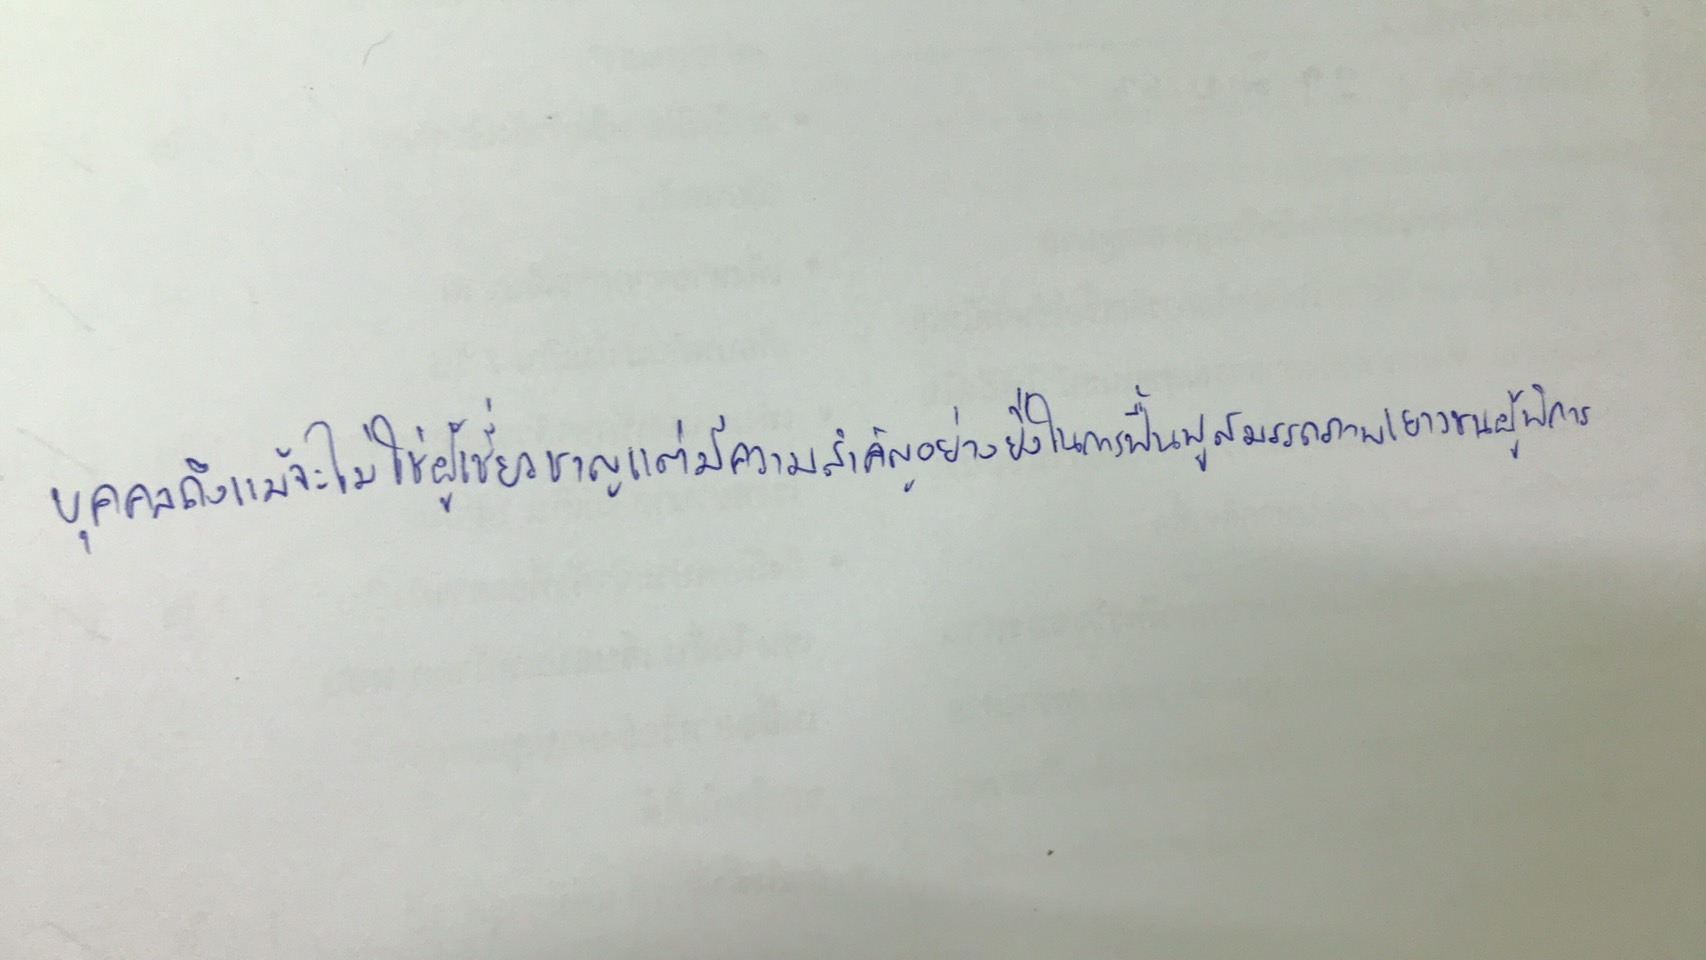
บุคคลที่ถึงแม้จะไม่ใช่ผู้เชี่ยวชาญแต่มีความสำคัญอย่างยิ่งในการฟื้นฟูสมรรถภาพเยาวชนผู้พิการ